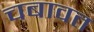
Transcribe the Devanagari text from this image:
चबावत